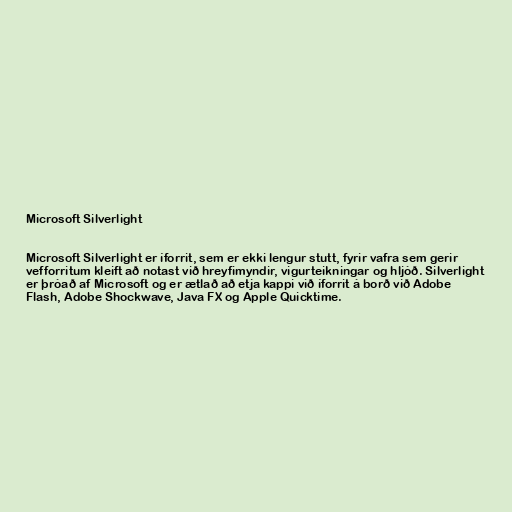
Microsoft Silverlight

Microsoft Silverlight er íforrit, sem er ekki lengur stutt, fyrir vafra sem gerir
vefforritum kleift að notast við hreyfimyndir, vigurteikningar og hljóð. Silverlight
er þróað af Microsoft og er ætlað að etja kappi við íforrit á borð við Adobe
Flash, Adobe Shockwave, Java FX og Apple Quicktime.